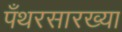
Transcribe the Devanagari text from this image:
पँथरसारख्या